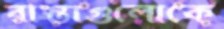
রাস্তাগুলোকে